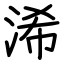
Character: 浠